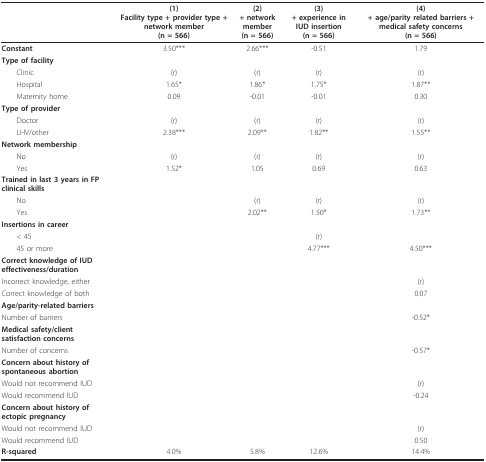
<table><thead><tr><td></td><td><b>(1)Facility type + provider type + network member(n = 566)</b></td><td><b>(2)+ network member(n = 566)</b></td><td><b>(3)+ experience in IUD insertion(n = 566)</b></td><td><b>(4)+ age/parity related barriers + medical safety concerns(n = 566)</b></td></tr></thead><tbody><tr><td><b>Constant</b></td><td>3.50***</td><td>2.66***</td><td>-0.51</td><td>1.79</td></tr><tr><td><b>Type of facility</b></td><td></td><td></td><td></td><td></td></tr><tr><td> Clinic</td><td>(r)</td><td>(r)</td><td>(r)</td><td>(r)</td></tr><tr><td> Hospital</td><td>1.65*</td><td>1.86*</td><td>1.75*</td><td>1.87**</td></tr><tr><td> Maternity home</td><td>0.09</td><td>-0.01</td><td>-0.01</td><td>0.30</td></tr><tr><td><b>Type of provider</b></td><td></td><td></td><td></td><td></td></tr><tr><td> Doctor</td><td>(r)</td><td>(r)</td><td>(r)</td><td>(r)</td></tr><tr><td> LHV/other</td><td>2.38***</td><td>2.09**</td><td>1.82**</td><td>1.55**</td></tr><tr><td><b>Network membership</b></td><td></td><td></td><td></td><td></td></tr><tr><td> No</td><td>(r)</td><td>(r)</td><td>(r)</td><td>(r)</td></tr><tr><td> Yes</td><td>1.52*</td><td>1.05</td><td>0.69</td><td>0.63</td></tr><tr><td><b>Trained in last 3 years in FP clinical skills</b></td><td></td><td></td><td></td><td></td></tr><tr><td> No</td><td></td><td>(r)</td><td>(r)</td><td>(r)</td></tr><tr><td> Yes</td><td></td><td>2.02**</td><td>1.50*</td><td>1.73**</td></tr><tr><td><b>Insertions in career</b></td><td></td><td></td><td></td><td></td></tr><tr><td> &lt; 45</td><td></td><td></td><td>(r)</td><td></td></tr><tr><td> 45 or more</td><td></td><td></td><td>4.77***</td><td>4.50***</td></tr><tr><td><b>Correct knowledge of IUD effectiveness/duration</b></td><td></td><td></td><td></td><td></td></tr><tr><td>Incorrect knowledge, either</td><td></td><td></td><td></td><td>(r)</td></tr><tr><td>Correct knowledge of both</td><td></td><td></td><td></td><td>0.07</td></tr><tr><td><b>Age/parity-related barriers</b></td><td></td><td></td><td></td><td></td></tr><tr><td>Number of barriers</td><td></td><td></td><td></td><td>-0.52*</td></tr><tr><td><b>Medical safety/client satisfaction concerns</b></td><td></td><td></td><td></td><td></td></tr><tr><td>Number of concerns</td><td></td><td></td><td></td><td>-0.57*</td></tr><tr><td><b>Concern about history of spontaneous abortion</b></td><td></td><td></td><td></td><td></td></tr><tr><td>Would not recommend IUD</td><td></td><td></td><td></td><td>(r)</td></tr><tr><td>Would recommend IUD</td><td></td><td></td><td></td><td>-0.24</td></tr><tr><td><b>Concern about history of ectopic pregnancy</b></td><td></td><td></td><td></td><td></td></tr><tr><td>Would not recommend IUD</td><td></td><td></td><td></td><td>(r)</td></tr><tr><td>Would recommend IUD</td><td></td><td></td><td></td><td>0.50</td></tr><tr><td><b>R-squared</b></td><td>4.0%</td><td>5.8%</td><td>12.6%</td><td>14.4%</td></tr></tbody></table>